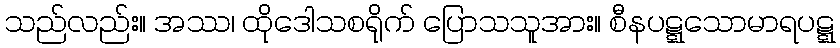
သည်လည်း။ အဿ၊ ထိုဒေါသစရိုက် ပြောသသူအား။ စီနပဋ္ဋသောမာရပဋ္ဋ